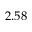
2 . 5 8